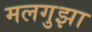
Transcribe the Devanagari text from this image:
मलगुझा